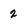
Character: 2